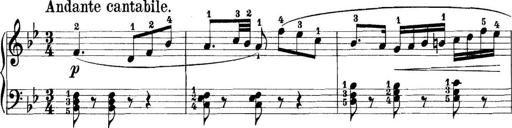
Title: 11 Sonatinas
Composer: Anton Diabelli